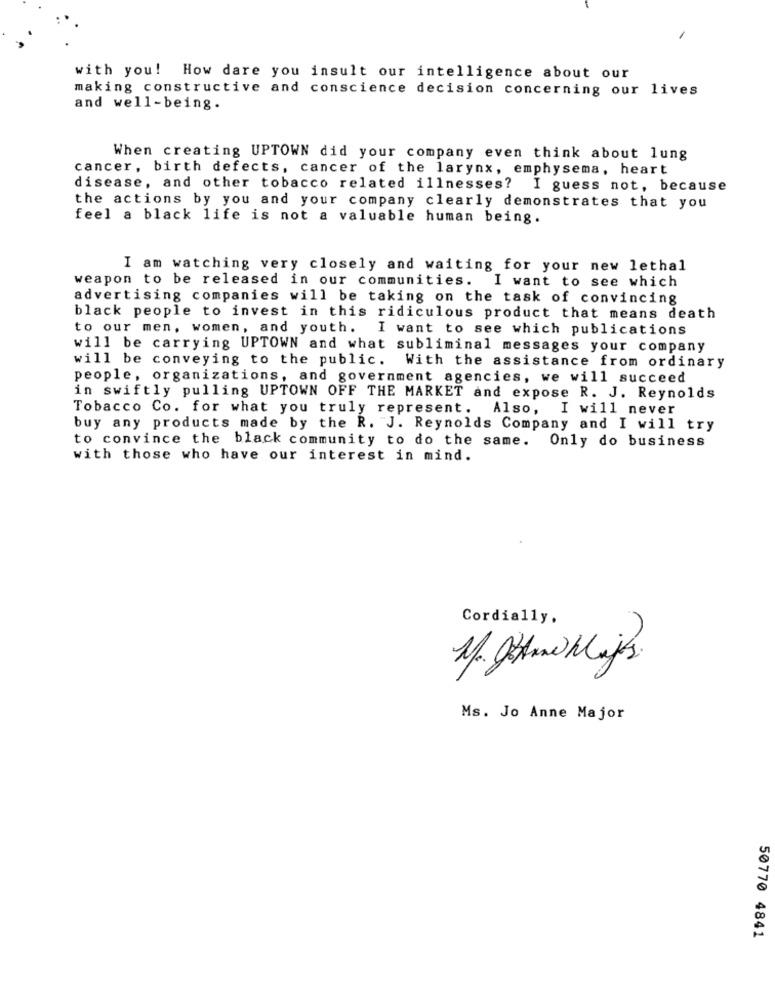
with you! How dare you insult our intelligence about our
making constructive and conscience decision concerning our lives
and well-being.
When creating UPTOWN did your company even think about lung
cancer, birth defects, cancer of the larynx, emphysema, heart
disease, and other tobacco related illnesses?
I guess not, because
the actions by you and your company clearly demonstrates that you
feel a black life is not a valuable human being.
I am watching very closely and waiting for your new lethal
weapon to be released in our communities. I want to see which
advertising companies will be taking on the task of convincing
black people to invest in this ridiculous product that means death
to our men, women, and youth. I want to see which publications
will be carrying UPTOWN and what subliminal messages your company
will be conveying to the public.
With the assistance from ordinary
people, organizations, and government agencies, we will succeed
in swiftly pulling UPTOWN OFF THE MARKET and expose R. J. Reynolds
Tobacco Co. for what you truly represent. Also,
I will never
buy any products made by the R. "J. Reynolds Company and I will try
to convince the black community to do the same. Only do business
with those who have our interest in mind.
Cordially,
Ms. Jo Anne Major
50770 4841